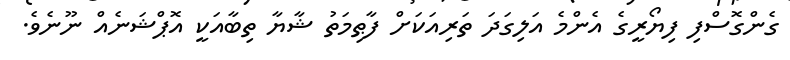
ގެންގޮސްފި ފިޔޯރީގެ އެންމެ އަލިގަދަ ތަރިއަކަށް ފާޠިމަތު ޝާޔާ ތިބާއަކީ އޮޕްޝަނެއް ނޫނެވެ.